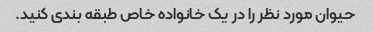
حیوان مورد نظر را در یک خانواده خاص طبقه بندی کنید.